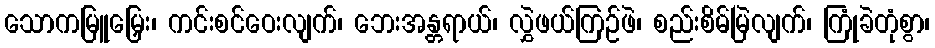
သောကမြူမြှေး၊ ကင်းစင်ဝေးလျက်၊ ဘေးအန္တရာယ်၊ လွှဲဖယ်ကြဉ်ဖဲ၊ စည်းစိမ်မြဲလျက်၊ ကြုံခဲတုံစွာ၊